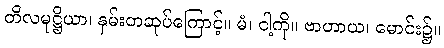
တိလမုဋ္ဌိယာ၊ နှမ်းတဆုပ်ကြောင့်။ မံ၊ ငါ့ကို။ ဗာဟာယ၊ မောင်း၌။